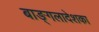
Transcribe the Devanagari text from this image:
बाङ्गलादेशका